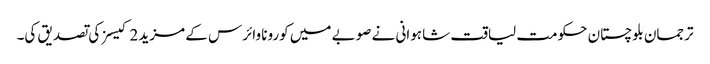
ترجمان بلوچستان حکومت لیاقت شاہوانی نے صوبے میں کورونا وائرس کے مزید 2 کیسز کی تصدیق کی۔